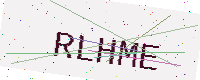
Text: RLHME